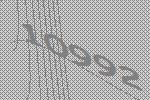
10992